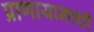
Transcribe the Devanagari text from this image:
प्राणायामाची